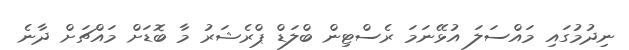
ނިދުމުގައި މައްސަލަ އުޅޭނަމަ ރެސްޓިން ބްލަޑް ޕްރެޝަރު މާ ބޮޑަށް މައްޗަށް ދާނެ